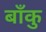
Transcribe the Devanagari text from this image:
बाँकु